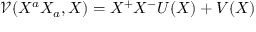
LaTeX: \mathcal { V } ( X ^ { a } X _ { a } , X ) = X ^ { + } X ^ { - } U ( X ) + V ( X )